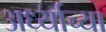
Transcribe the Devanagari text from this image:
अर्ध्याच्या